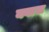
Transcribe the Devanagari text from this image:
क्वास